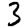
Digit: 3